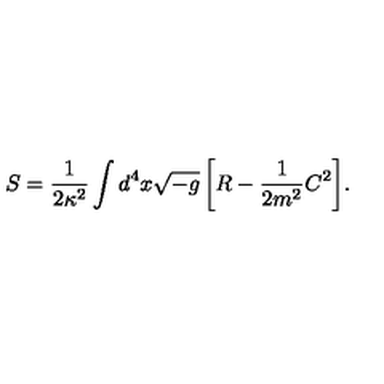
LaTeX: S = \frac { 1 } { 2 \kappa ^ { 2 } } \int { d ^ { 4 } x \sqrt { - g } \left[ R - \frac { 1 } { 2 m ^ { 2 } } C ^ { 2 } \right] } .